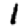
Digit: 1